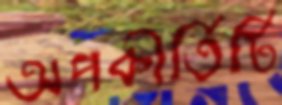
অপকীর্তিটি